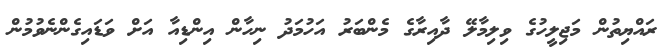
ރައްޔިތުން މަޖިލީހުގެ ވިލިމާލޭ ދާއިރާގެ މެންބަރު އަހުމަދު ނިހާން އިންޑިއާ އަށް ވަޑައިގެންނެވުމުން